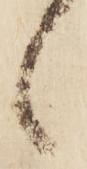
候